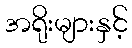
အရိုးများနှင့်